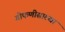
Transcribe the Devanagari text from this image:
गोफणीसारखा